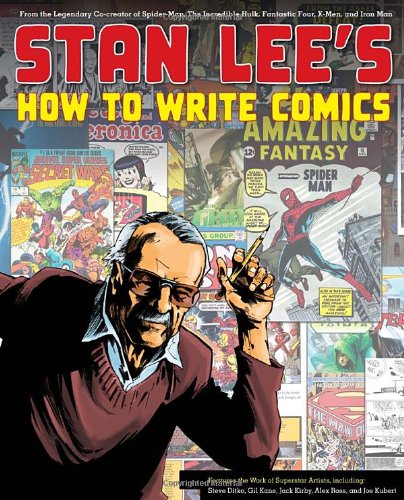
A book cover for Stan Lee's How to Write Comics: From the Legendary Co-Creator of Spider-Man, the Incredible Hulk, Fantastic Four, X-Men, and Iron Man; Stan Lee; Comics & Graphic Novels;